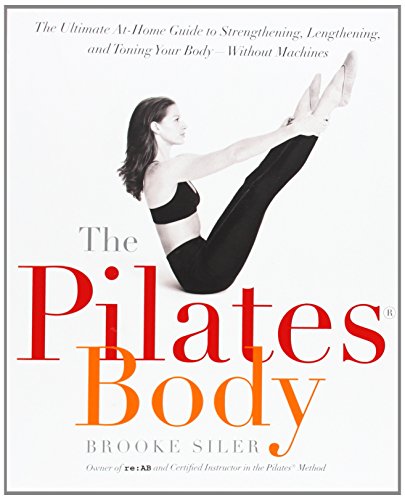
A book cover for The Pilates Body: The Ultimate At-Home Guide to Strengthening, Lengthening and Toning Your Body- Without Machines; Brooke Siler; Health, Fitness & Dieting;